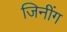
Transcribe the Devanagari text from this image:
जिनींग